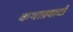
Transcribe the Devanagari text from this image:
कथाप्रवादों